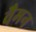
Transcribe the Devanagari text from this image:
वैमन